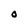
Character: O